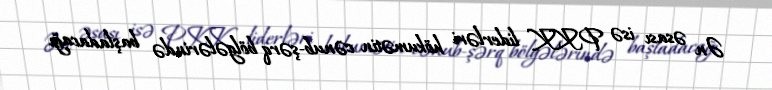
Ən əsası isə PKK liderləri hökumətin cənub-şərq bölgələrində başladacağı